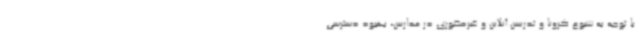
با توجه به شیوع کرونا و تدریس آنلاین و غیرحضوری در مدارس، بهبود دسترسی